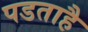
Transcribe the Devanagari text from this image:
पडताहै